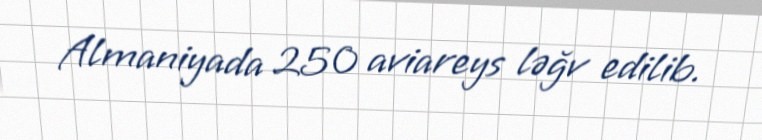
Almaniyada 250 aviareys ləğv edilib.